Lunatic asylums Madras 1892-1911 - 1892-1911
Year: 1892
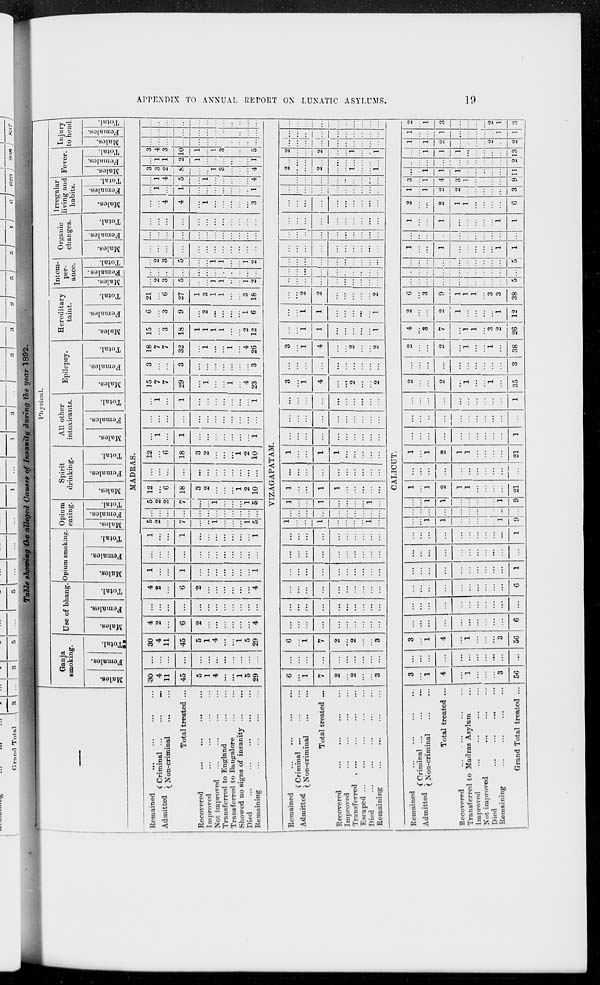
APPENDIX TO ANNUAL REPORT ON LUNATIC ASYLUMS.
19
Table showing the alleged Causes of Insanity
during the year 1892.
—
Physical.
Ganja
smoking.
Males.
Females.
Total.
Use of bhang.
Males.
Females.
Total.
Opium smoking.
Males.
Females.
Total.
Opium
eating.
Males.
Females.
Total.
Spirit
drinking.
Males.
Females.
Total.
All other
intoxicants.
Males.
Females.
Total.
Epilepsy.
Males.
Females.
Total.
Hereditary
taint.
Males.
Females.
Total.
Intem-
per-
ance.
Males.
Females.
Total.
Organic
changes.
Males.
Females.
Total.
Irregular
living and
habits.
Males.
Females.
Total.
Fever.
Males.
Females.
Total.
Injury
to head.
Males.
Females.
Total.
MADRAS.
Remained ... ... ... ...
Admitted
Criminal
...
...
...
Non-criminal ... ...
Total treated ...
Recovered
...
...
...
...
Improved ... ... ... ...
Not improved ... ... ... ...
Transferred to England
...
...
Transferred to Bangalore
...
...
Showed no signs of insanity
...
...
Died
...
...
...
...
...
Remaining ... ... ... ...
30
4
11
45
5
1
4
...
...
1
5
29
...
...
...
...
...
...
...
...
...
...
...
...
30
4
11
45
5
1
4
...
...
1
5
29
4
2
...
6
2
...
...
...
...
...
...
4
...
...
...
...
...
...
...
...
...
...
...
...
4
2
...
6
2
...
...
...
...
...
...
4
1
...
...
1
...
...
...
...
...
...
...
1
...
...
...
...
...
...
...
...
...
...
...
...
1
...
...
1
...
...
...
...
...
...
...
1
5
2
...
7
...
...
1
...
...
...
1
5
...
...
...
...
...
...
...
...
...
...
...
...
5
2
2
7
...
...
1
...
...
...
1
5
12
...
6
18
3
2
...
...
...
1
2
10
...
...
...
...
...
...
...
...
...
...
...
...
12
...
6
18
3
2
...
...
...
1
2
10
...
1
...
1
...
...
...
...
...
...
...
1
...
...
...
...
...
...
...
...
...
...
...
...
...
1
...
1
...
...
...
...
...
...
...
1
15
7
7
29
...
1
...
...
1
...
4
23
3
...
...
3
...
...
...
...
...
...
...
3
18
7
7
32
...
1
...
...
1
...
4
26
15
...
3
18
1
1
1
1
...
...
2
12
6
...
3
9
...
2
...
...
...
...
1
6
21
...
6
27
1
3
1
1
...
...
3
18
...
2
3
5
...
...
1
1
...
...
1
2
...
...
...
...
...
...
...
...
...
...
...
...
...
2
3
5
...
...
1
1
...
...
1
2
...
...
...
...
...
...
...
...
...
...
...
...
...
...
...
...
...
...
...
...
...
...
...
...
...
...
...
...
...
...
...
...
...
...
...
...
...
...
4
4
...
1
...
...
...
...
...
3
...
1
...
1
...
...
...
...
...
...
...
1
...
1
4
5
...
1
...
...
...
...
...
4
3
3
2
8
...
...
1
3
...
...
...
4
...
1
1
2
1
...
...
...
...
...
...
1
3
4
3
10
1
...
1
3
...
...
...
5
...
...
...
...
...
...
...
...
...
...
...
...
...
...
...
...
...
...
...
...
...
...
...
...
...
...
...
...
...
...
...
...
...
...
...
...
VIZAGAPATAM.
Remained ... ... ... ...
Admitted
Criminal ... ... ...
Non-criminal ... ...
Total treated ...
Recovered ... ... ... ...
Improved ... ... ... ...
Transferred ... ... ... ...
Escaped ... ... ... ...
Died
...
...
...
...
Remaining
...
...
...
...
6
...
1
7
2
...
2
...
...
3
...
...
...
...
...
...
...
...
...
...
6
...
1
7
2
...
2
...
...
3
...
...
...
...
...
...
...
...
...
...
...
...
...
...
...
...
...
...
...
...
...
...
...
...
...
...
...
...
...
...
...
...
...
...
...
...
...
...
...
...
...
...
...
...
...
...
...
...
...
...
...
...
...
...
...
...
...
...
...
...
1
...
...
1
...
...
...
...
1
...
...
...
...
...
...
...
...
...
...
...
1
...
...
1
...
...
...
...
1
...
1
...
...
1
1
...
...
...
...
...
...
... ...
...
...
...
...
...
...
...
1
...
...
1
1
...
...
...
...
...
...
...
...
...
...
...
...
...
...
...
...
...
...
...
...
...
...
...
...
...
...
...
...
...
...
...
...
...
...
...
3
...
1
4
...
...
2
...
...
2
...
...
...
...
...
...
...
...
...
...
3
...
1
4
...
...
2
...
...
2
...
...
1
1
...
...
...
...
...
1
...
...
1
1
...
...
...
...
...
1
...
...
2
2
...
...
...
...
...
2
...
...
...
...
...
...
...
...
...
...
...
...
...
...
...
...
...
...
...
...
...
...
...
...
...
...
...
...
...
...
...
...
...
...
...
...
...
...
...
...
...
...
...
...
...
...
...
...
...
...
...
...
...
...
...
...
...
...
...
...
...
...
...
...
...
... ...
...
...
...
...
...
...
...
...
...
...
...
...
...
...
...
...
...
...
...
...
...
...
...
2
...
...
2
...
...
1
...
...
1
...
...
...
...
...
...
...
...
...
...
2
...
...
2
...
...
1
...
... 1
...
...
...
...
...
...
...
...
...
...
...
...
...
...
...
...
...
...
...
...
...
...
...
...
...
...
...
...
...
...
CALICUT.
Remained ... ... ... ...
Admitted
Criminal
...
...
...
Non-criminal ... ...
Total treated ...
Recovered ... ... ... ...
Transferred to Madras Asylum ...
Improved ... ... ... ...
Not improved ... ... ...
Died
...
...
...
...
Remaining ... ... ... ...
Grand Total treated ...
3
...
1
4
... 1
...
...
...
3
56
...
... ...
...
... ...
...
...
...
...
...
3
...
1
4
...
1
...
...
...
3
56
...
...
...
...
...
...
...
...
...
...
6
...
...
...
...
...
...
...
...
...
...
...
...
...
...
...
...
...
...
...
...
...
6
...
...
...
...
...
...
...
...
...
...
1
...
...
...
...
...
...
...
...
...
...
...
...
...
...
...
...
...
...
...
...
...
1
...
...
1
1
...
...
...
...
...
1
9
...
...
...
...
...
...
...
...
...
...
...
...
...
1
1
...
...
...
...
...
1
9
1
...
1
2
1
1
...
...
...
...
21
...
...
...
...
...
...
...
...
...
...
...
1
...
1
2
1
1
...
...
...
...
21
...
...
...
...
...
...
...
...
...
...
1
...
...
...
...
...
...
...
...
...
...
...
...
...
...
...
...
...
...
...
...
...
1
2
...
...
2
...
1
...
...
1
...
35
...
...
...
...
...
...
...
...
...
...
3
2
...
...
2
...
1
...
...
1
...
38
4
...
3
7
...
1
1
...
3
2
26
2
...
...
2
1
...
...
...
...
1
12
6
...
3
9
1
1
1
...
3
3
38
...
...
...
...
...
...
...
...
...
...
5
...
...
...
...
...
...
...
...
...
...
...
...
...
...
...
...
...
...
...
...
...
5
1
...
...
1
...
...
...
...
...
1
1
...
...
...
...
...
...
...
...
...
...
...
1
...
...
1
...
...
...
...
...
1
1
2
...
...
2
1
1
...
...
...
...
6
1
...
1
2
2
...
...
...
...
...
3
3
...
1
4
3
1
...
...
...
...
9
...
...
1
1
1
...
...
...
...
...
11
...
...
...
...
...
...
...
...
...
...
2
...
...
1
1
1
...
...
...
...
...
13
1
...
1
2
...
...
...
...
2
...
2
1
...
...
1
...
...
...
...
...
1
1
2
...
1
3
...
...
...
...
2
1
3